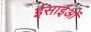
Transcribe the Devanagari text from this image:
ईसाईओं